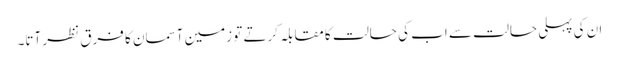
ان کی پہلی حالت سے اب کی حالت کا مقابلہ کرتے تو زمین آسمان کا فرق نظر آتا۔